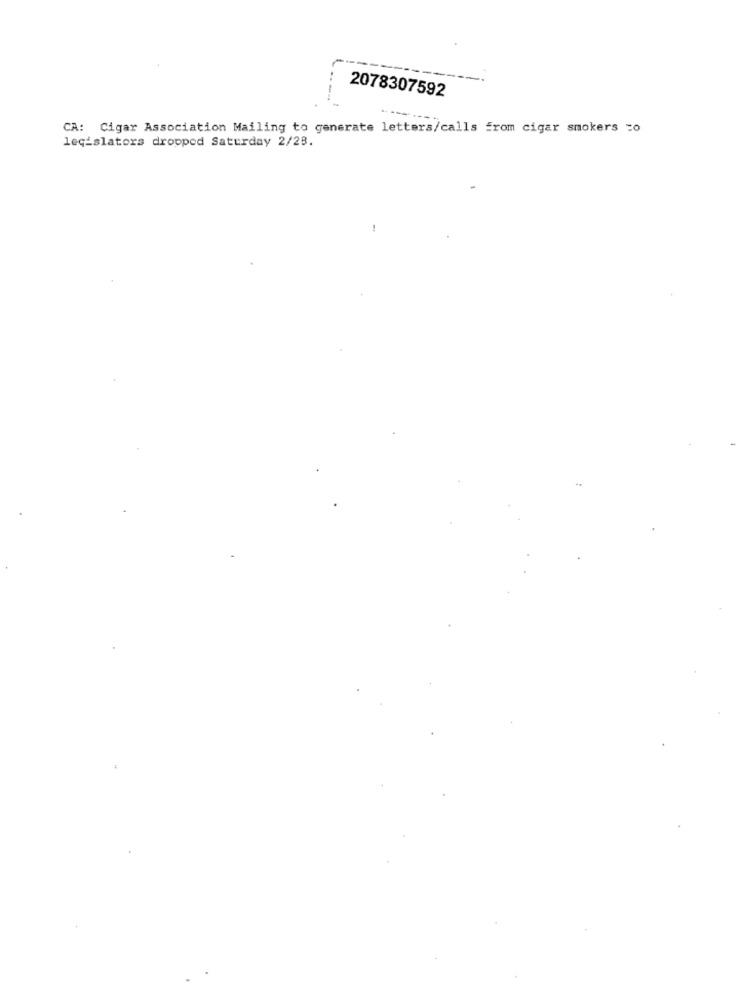
2078307592
CA: Cigar Association Mailing to generate letters/calls from cigar smokers =o
legislators dropped Saturday 2/28.